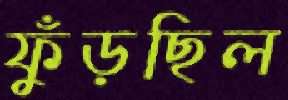
ফুঁড়ছিল